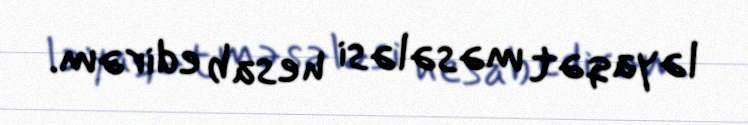
ləyaqət məsələsi hesab edirəm.